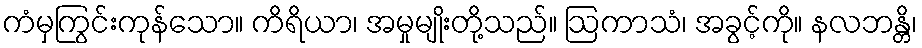
ကံမှကြွင်းကုန်သော။ ကိရိယာ၊ အမှုမျိုးတို့သည်။ ဩကာသံ၊ အခွင့်ကို။ နလဘန္တိ၊